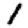
Digit: 1